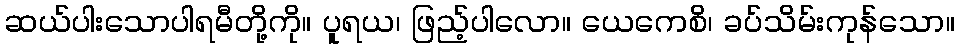
ဆယ်ပါးသောပါရမီတို့ကို။ ပူရယ၊ ဖြည့်ပါလော။ ယေကေစိ၊ ခပ်သိမ်းကုန်သော။